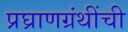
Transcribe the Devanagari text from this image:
प्रघ्राणग्रंथींची